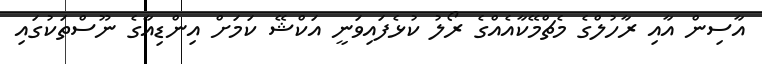
އާސިން އާއި ރާހުލްގެ މެޗްމޭކާއެއްގެ ރޯލު ކުޅެފައިވަނީ އަކްޝޭ ކަމަށް އިންޑިއާގެ ނޫސްތަކުގައި